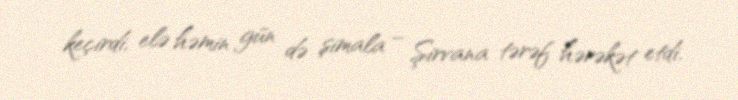
keçirdi, elə həmin gün də şimala – Şirvana tərəf hərəkət etdi.